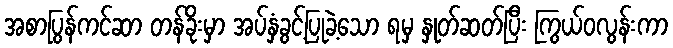
အစာပြွန်ကင်ဆာ တန်ခိုးမှာ အပ်နှံခွင့်ပြုခဲ့သော ရမှ နှုတ်ဆတ်ပြီး ကြွယ်ဝလွန်းကာ